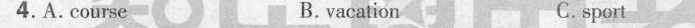
4. A. Course B. vacation C. sport